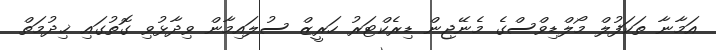
އަމާނާ ތަކަފުލް މޯލްޑިވްސްގެ މެނޭޖިން ޑިރެކްޓަރު ހަރީޒް ސުލައިމާން ވިދާޅުވި ގޮތުގައި ޚިދުމަތް